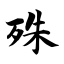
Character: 殊